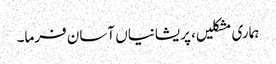
ہماری مشکلیں، پریشانیاں آسان فرما۔